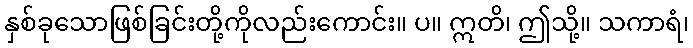
နှစ်ခုသောဖြစ်ခြင်းတို့ကိုလည်းကောင်း။ ပ။ ဣတိ၊ ဤသို့။ သကာရံ၊